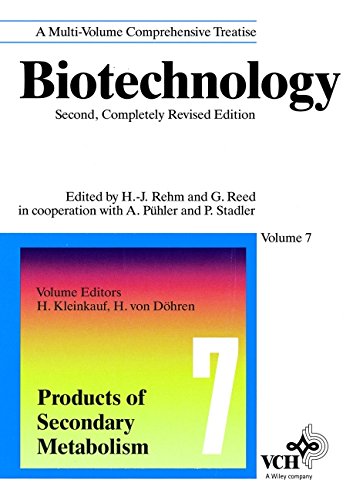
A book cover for Biotechnology, 2E, Vol. 7, Products of Secondary Metabolism; Medical Books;